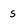
Character: s